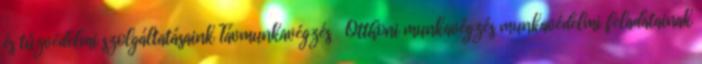
és tűzvédelmi szolgáltatásaink Táv­mun­ka­vég­zés Ott­ho­ni mun­ka­vég­zés mun­ka­vé­del­mi fel­ada­ta­i­nak